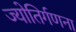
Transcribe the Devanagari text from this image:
ज्योतिर्गणना